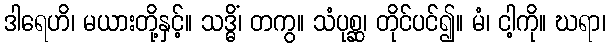
ဒါရေဟိ၊ မယားတို့နှင့်။ သဒ္ဓိံ၊ တကွ။ သံပုစ္ဆ၊ တိုင်ပင်၍။ မံ၊ ငါ့ကို။ ဃရာ၊